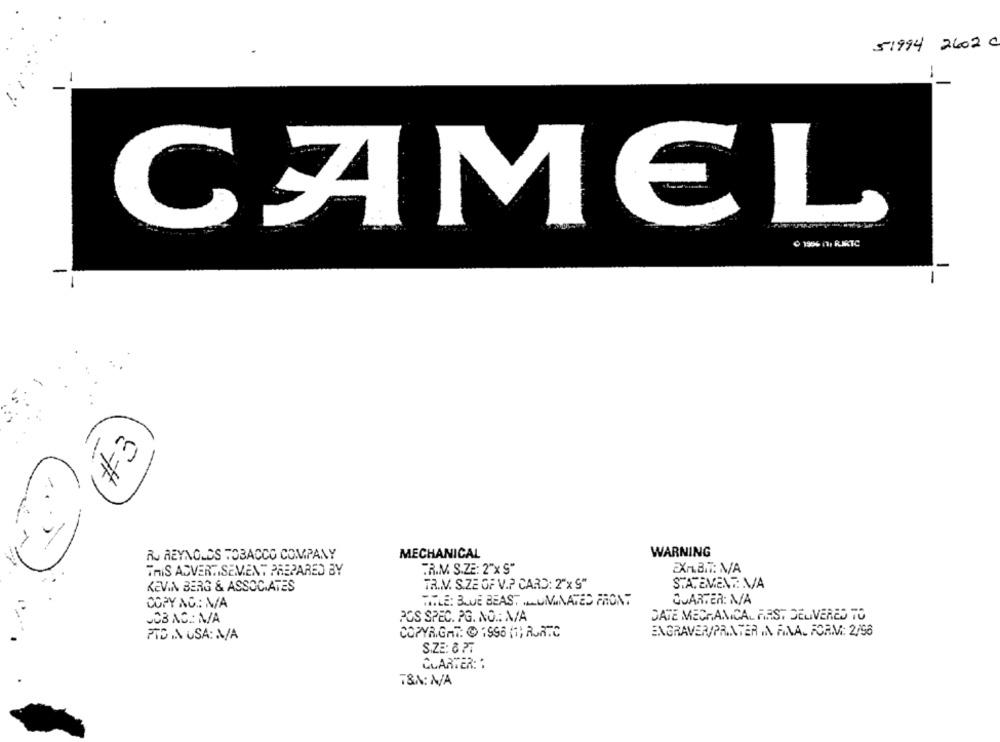
51994 2602 C
CAMEL
₾ 1966 |1, RIKTC
-
#3
RU REYNOLDS TOBACCO COMPANY
MECHANICAL
WARNING
THIS ADVERTISEMENT PREPARED BY
TR.M. S.ZE: 2"x S"
EXALBIT: N/A
KEVIN BERG & ASSOCIATES
TR.V. S.ZE OF V.P CARD: 2"x 9"
STATEMENT: VA
TITLE: BLUE BEAST LUMINATED FRONT
QUARTER: N/A
COPY AC .: N/A
DATE MECHANICAL ARST DELIVERED TO
JCB AC. M/A
POS SPEC. PG. NO .: N/A
PTO IN USA: A/A
COPYRIGHT: @ 1996 (1; RURTC
ENGRAVER/PRINTER ,A FINAL FORM: 2/96
SIZE: 6 77
CLARTER: :
T&A: N/A